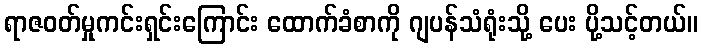
ရာဇဝတ်မှုကင်းရှင်းကြောင်း ထောက်ခံစာကို ဂျပန်သံရုံးသို့ ပေး ပို့သင့်တယ်။